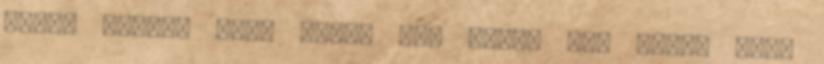
porn, riding cock hard, két kakas egy lány, édes